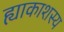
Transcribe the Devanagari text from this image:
ह्याकाशस्य